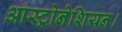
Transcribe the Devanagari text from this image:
आस्ट्रोनेशियन।